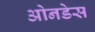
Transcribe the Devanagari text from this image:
ओनडेस